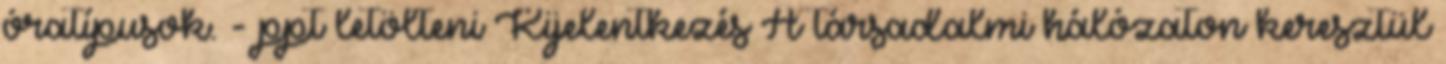
óratípusok. - ppt letölteni Kijelentkezés A társadalmi hálózaton keresztül